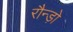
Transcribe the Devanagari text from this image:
रौन्ड़ो